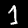
Digit: 1